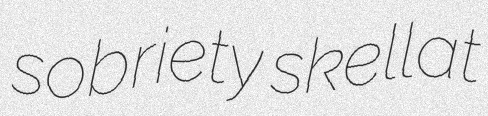
sobriety skellat